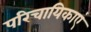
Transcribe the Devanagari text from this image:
परिचायिकाएं